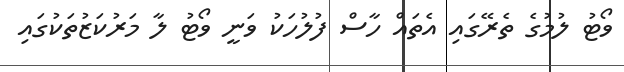
ވޯޓު ލުމުގެ ތެރޭގައި އެތައް ހާސް ފުލުހަކު ވަނީ ވޯޓު ލާ މަރުކަޒުތަކުގައި